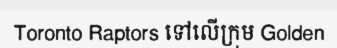
Toronto Raptors ទៅលើក្រុម Golden